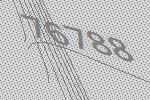
76788